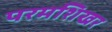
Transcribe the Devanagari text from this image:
परमशिखर